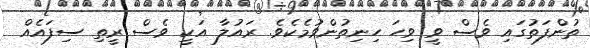
ތުންފަތުގައި ވެސް ވީ ވިހަ ހިނިތުންވުމެކެވެ. ރައުލާ އަކީ ވެސް ރީތި ސިފައެއް